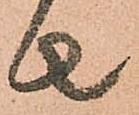
者